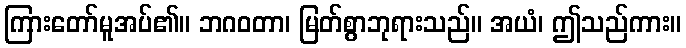
ကြားတော်မူအပ်၏။ ဘဂဝတာ၊ မြတ်စွာဘုရားသည်။ အယံ၊ ဤသည်ကား။